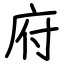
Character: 府